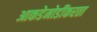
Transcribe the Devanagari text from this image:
आकडेमोडींकरता